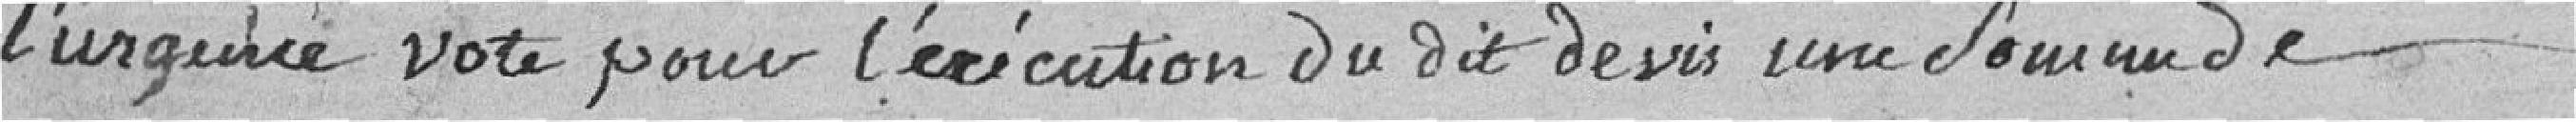
l'urgence vote pour l'exécution du dit devis une somme de